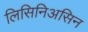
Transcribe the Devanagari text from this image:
लिसिनिअसिन